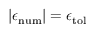
| \epsilon _ { \mathrm { { n u m } } } | = \epsilon _ { \mathrm { { t o l } } }